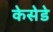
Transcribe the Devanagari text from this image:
केसेडे